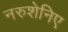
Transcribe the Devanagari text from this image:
नरुशेनिए